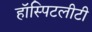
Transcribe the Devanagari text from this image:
हॉस्पिटलीटी